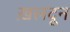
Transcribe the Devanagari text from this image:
ख़लदून